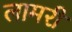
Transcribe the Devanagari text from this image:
लामरी